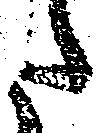
た